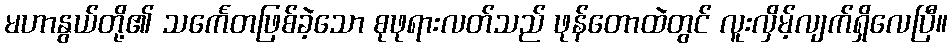
မဟာနွယ်တို့၏ သင်္ကေတဖြစ်ခဲ့သော စုဖုရားလတ်သည် ဖုန်တောထဲတွင် လူးလှိမ့်လျက်ရှိလေပြီ။